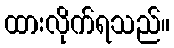
ထားလိုက်ရသည်။